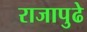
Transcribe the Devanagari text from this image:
राजापुढे